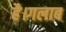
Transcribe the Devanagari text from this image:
है।गलाब